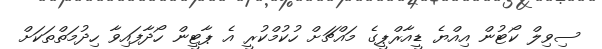
ސިވިލް ކޯޓުން އިއްޔެ ޑީއާރްޕީގެ މައްޗަށް ހުކުމްކުރީ އެ ޕާޓީން ހޯދާފައިވާ ހިދުމަތްތަކަށް